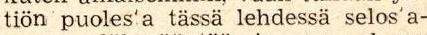
tiön puoles'a tässä lehdessä selos'a-